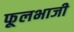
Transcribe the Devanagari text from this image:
फूलभाजी